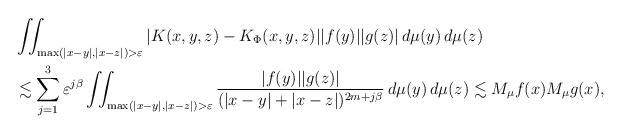
LaTeX: \begin{align*}&\iint_{\max(|x-y|, |x-z|) > \varepsilon} |K(x,y,z)-K_{\Phi}(x,y,z)| |f(y)| |g(z)|\,d\mu(y)\,d\mu(z)\\&\lesssim \sum_{j=1}^3 \varepsilon^{j\beta} \iint_{\max(|x-y|, |x-z|) > \varepsilon} \frac{|f(y)| |g(z)|}{(|x-y|+|x-z|)^{2m+j\beta}} \,d\mu(y) \,d\mu(z)\lesssim M_{\mu} f(x) M_{\mu} g(x),\end{align*}